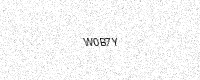
Text: W0B7Y